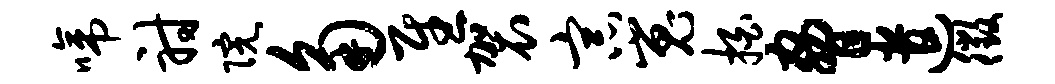
啼射院角慰袈宗嵬拍胁遣徵